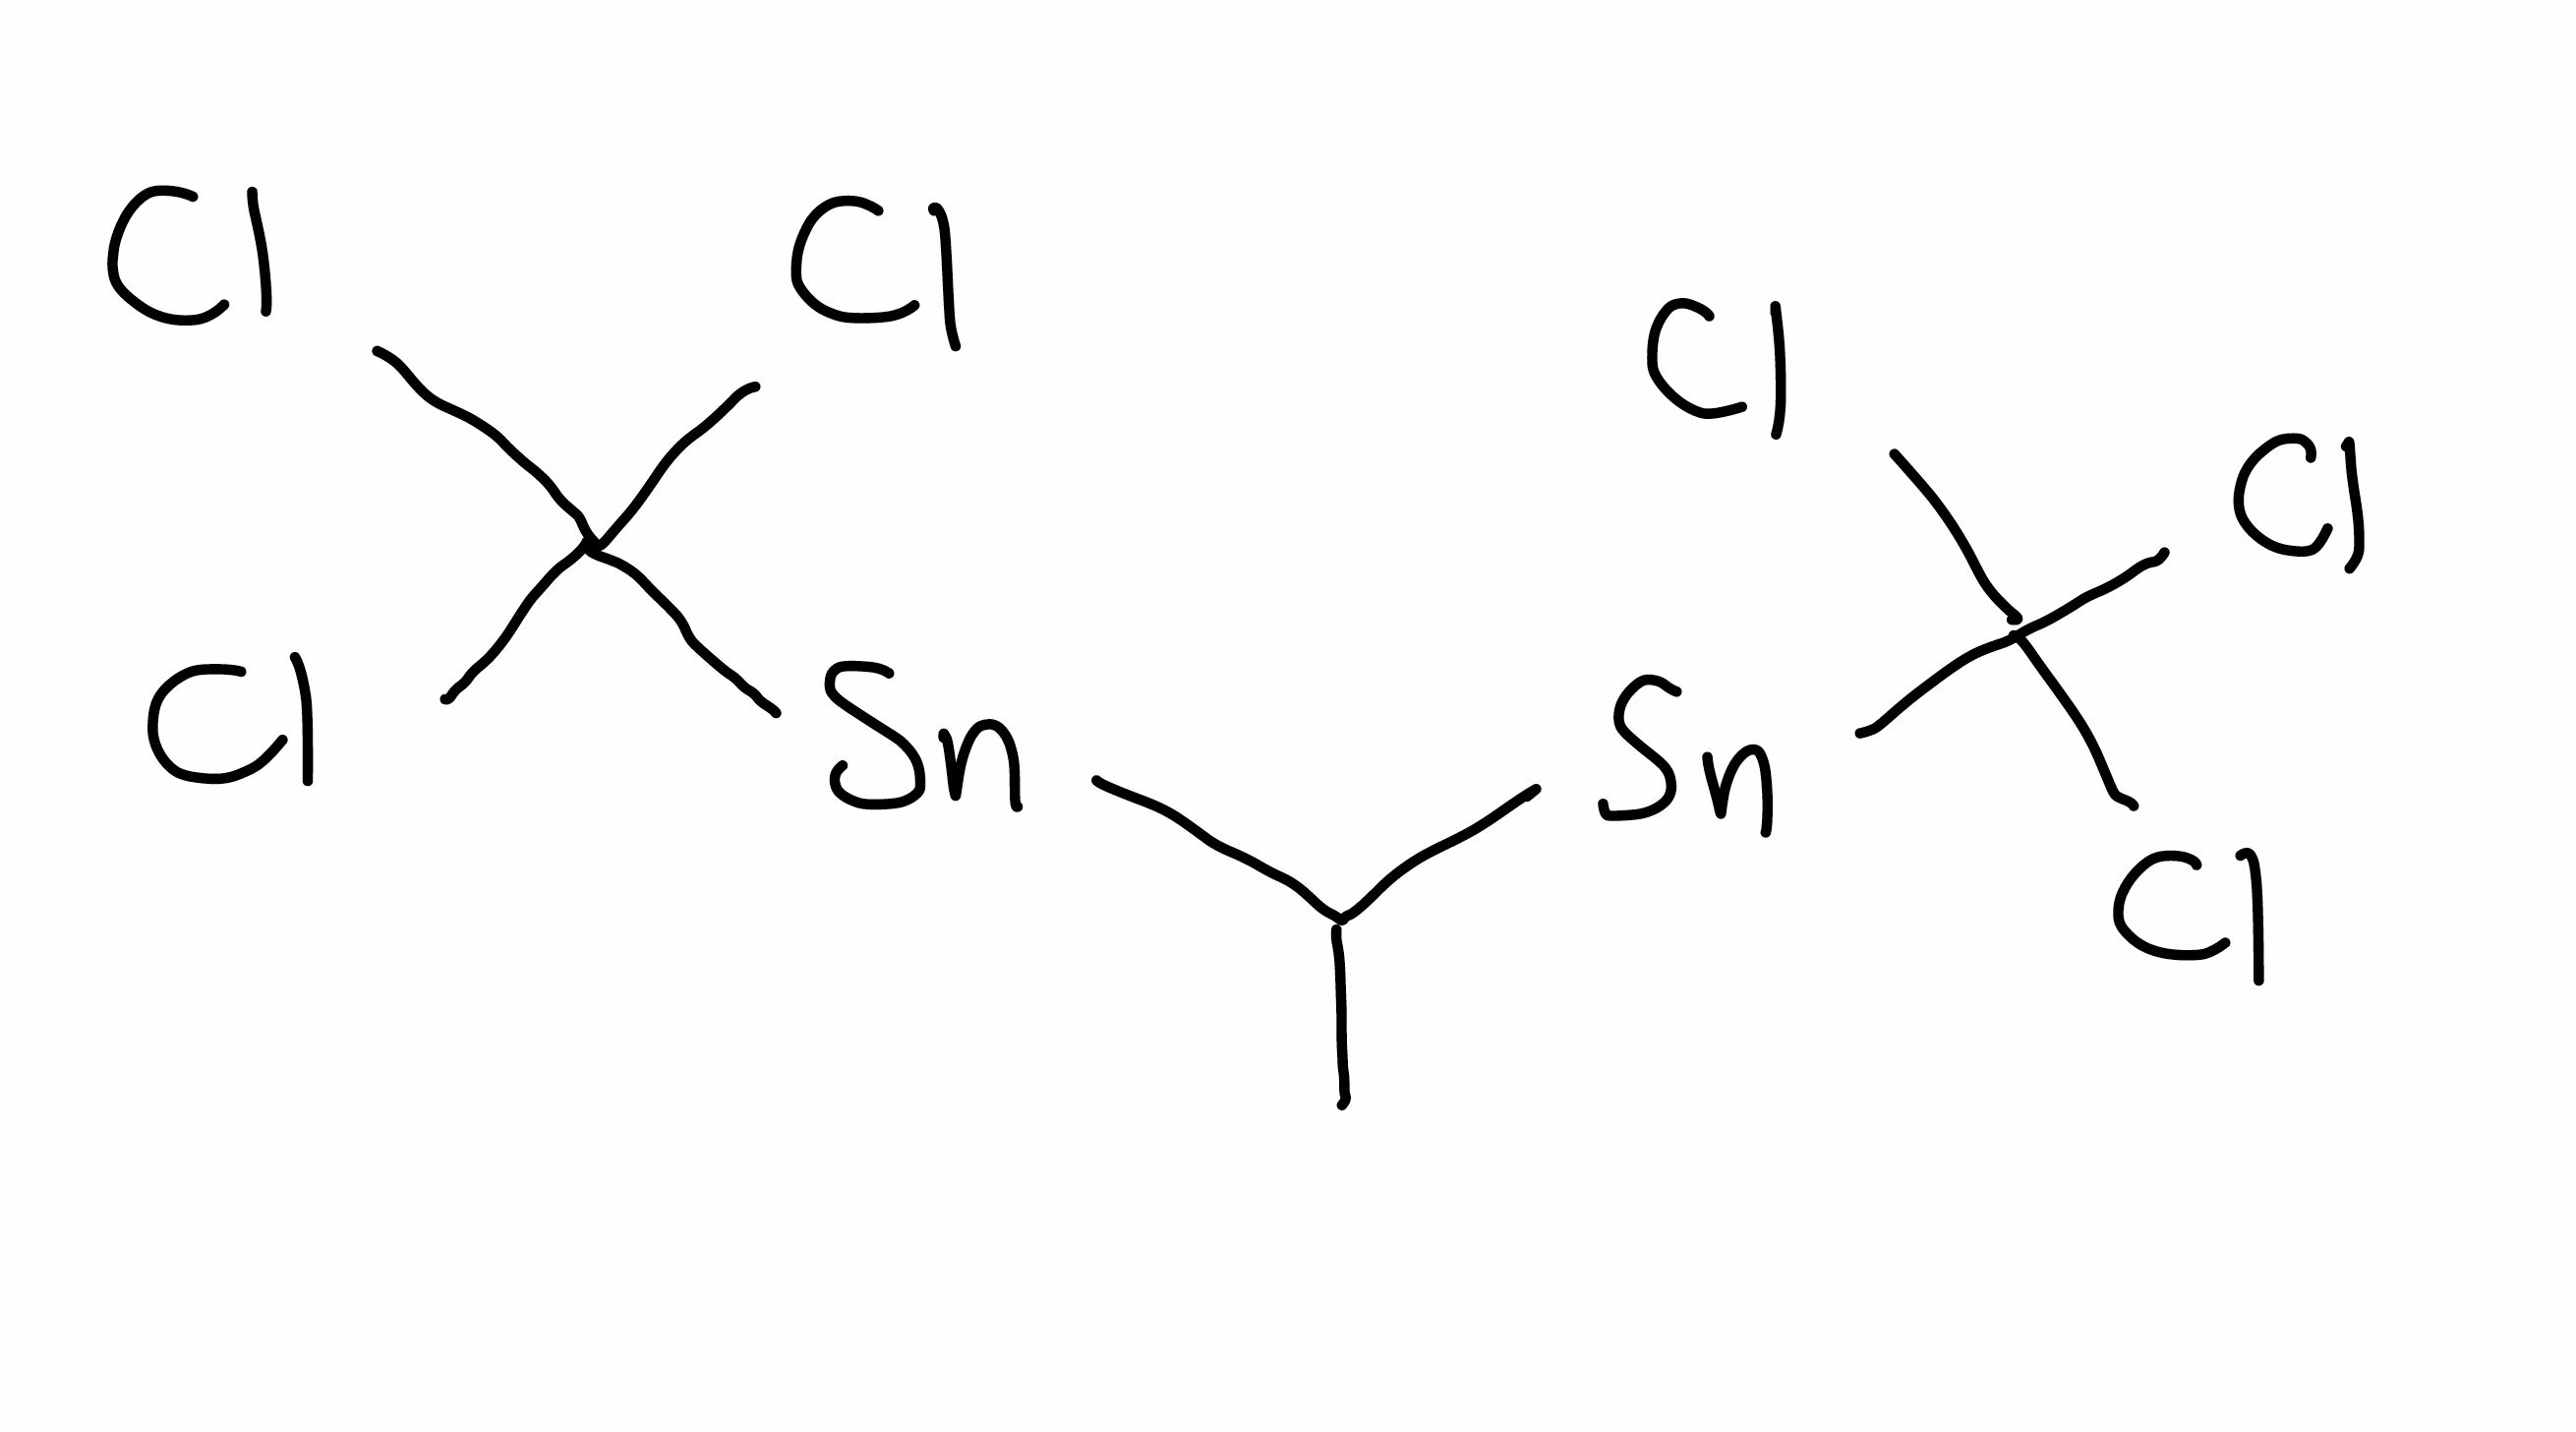
Simplified molecular-input line-entry system (SMILES) notation of the given molecule:
CC([Sn]C(Cl)(Cl)Cl)[Sn]C(Cl)(Cl)Cl